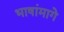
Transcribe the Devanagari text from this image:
भाषांमागे